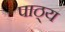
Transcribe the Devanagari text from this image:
पाठ्‌य